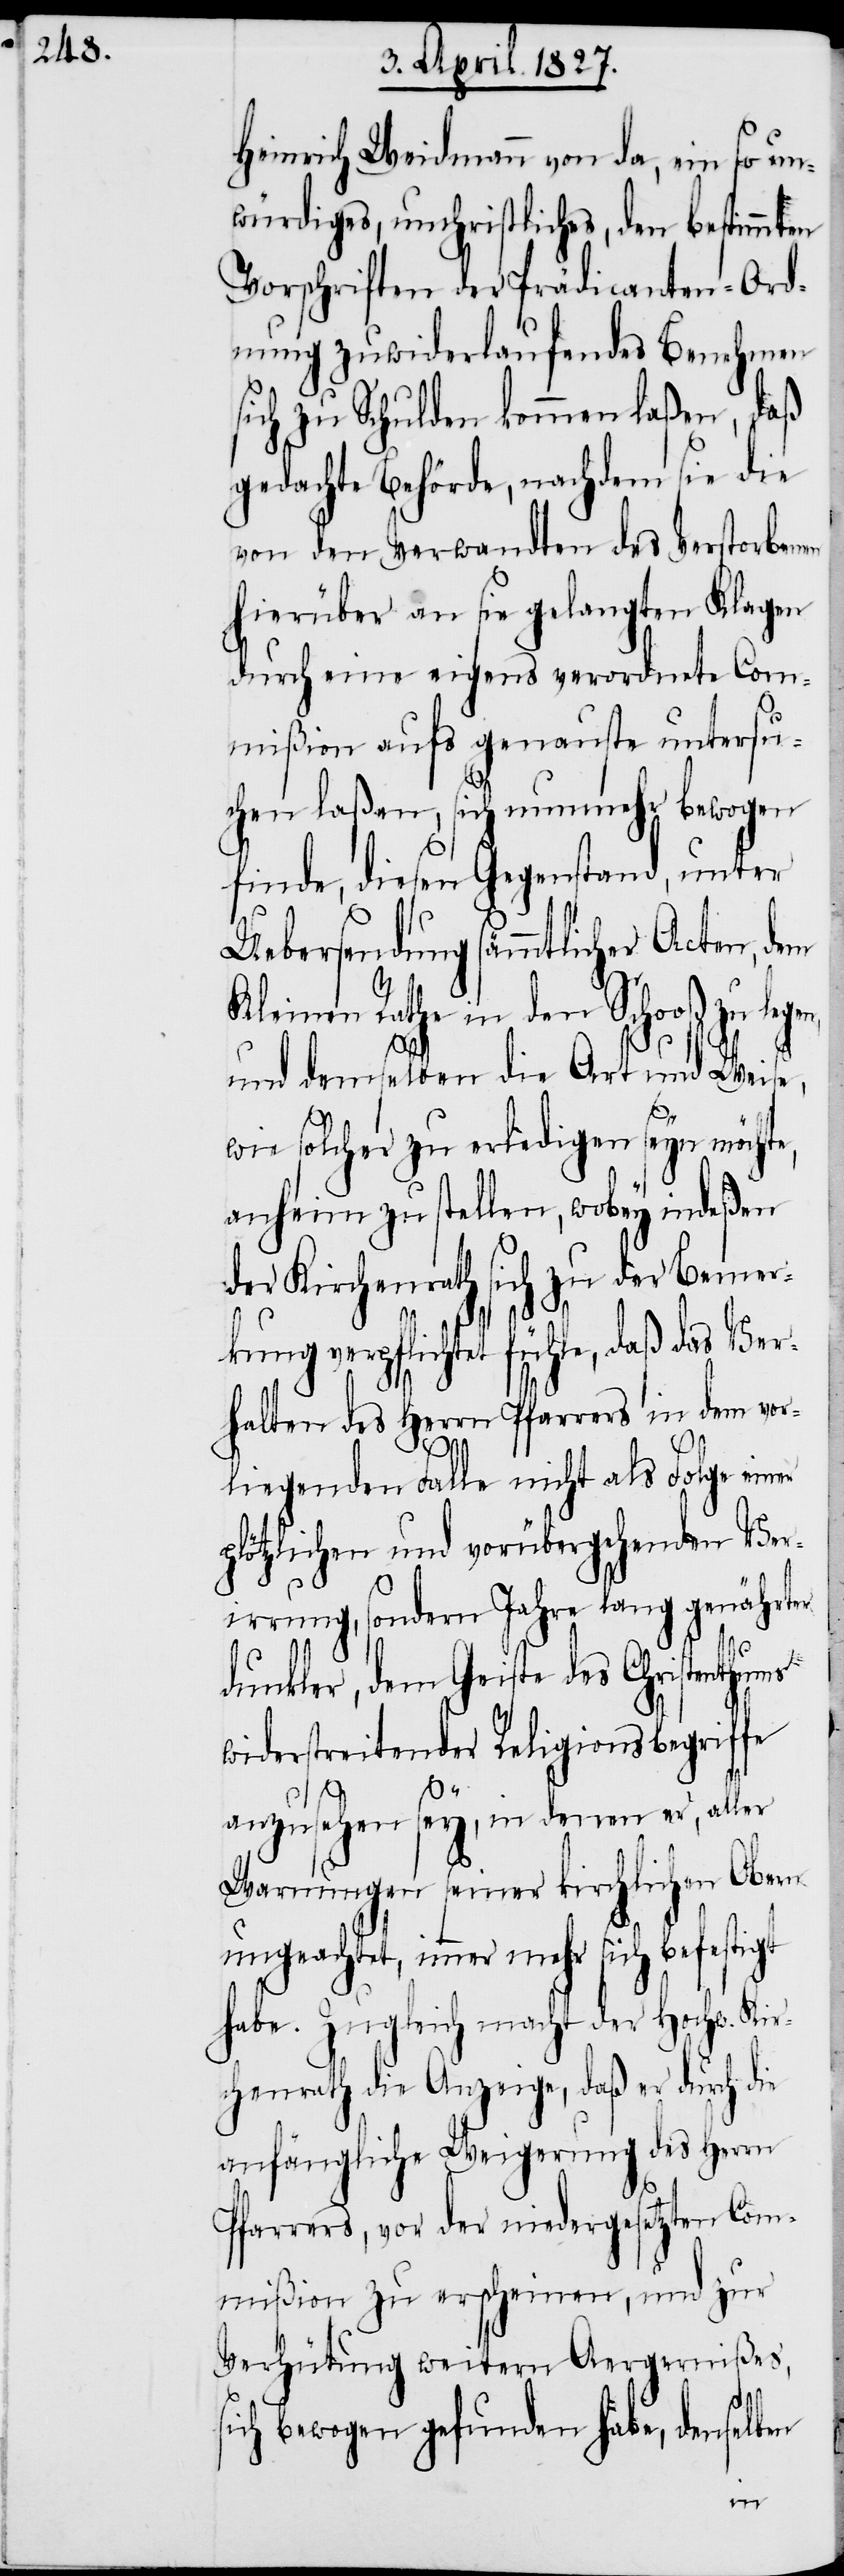
Heinrich Weidmann von da, ein so un¬
würdiges, unchristliches, den bestimmten
Vorschriften der Prädicanten-Ord¬
nung zuwiderlaufendes Benehmen
sich zu Schulden kommen laßen, daß
gedachte Behörde, nachdem sie die
von den Verwandten des Verstorb¬
hierüber an sie gelangten Klagen
durch eine eigens verordnete Com¬
mißion aufs genauste untersu¬
chen laßen, sich nunmehr bewogen
finde, diesen Gegenstand, unter
Uebersendung sämmtlicher Acten,
Kleinen Rathe in
und demselben die Art und Wei¬
wie solcher zu erledigen seyn möch¬
anheim zu stellen, wobey indeßen
der Kirchenrath sich zu der Bemer¬
d¬
kung verpflichtet fühle, daß das Ve¬
rhalten des Herrn Pfarrers in dem v¬
liegenden Falle nicht als Folge ei¬
plötzlichen und vorübergehenden Ver¬
irrung, sondern Jahre lang genährter
unkler, dem Geiste des Christen¬
widerstreitender Religionsbegriffe
anzusehen sey, in denen er, aller
Warnungen seiner kirchlichen Obe¬
ungeachtet, immer mehr sich
habe. Zugleich macht der Hochw. Kir¬
chenrath die Anzeige, daß er durch die
anfängliche Weigerung des Herrn
Pfarrers, vor der niedergesetzten Com¬
mißion zu erscheinen, und zur
Verhütung weitern Aergernißes,
sich bewogen gefunden habe, denselben
rn